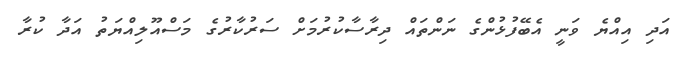
އަދި އިއްޔެ ވަނީ އެބޭފުޅުންގެ ނަންތައް ދިރާސާކުރުމަށް ސަރުކާރުގެ މަސްއޫލިއްޔަތު އަދާ ކުރާ